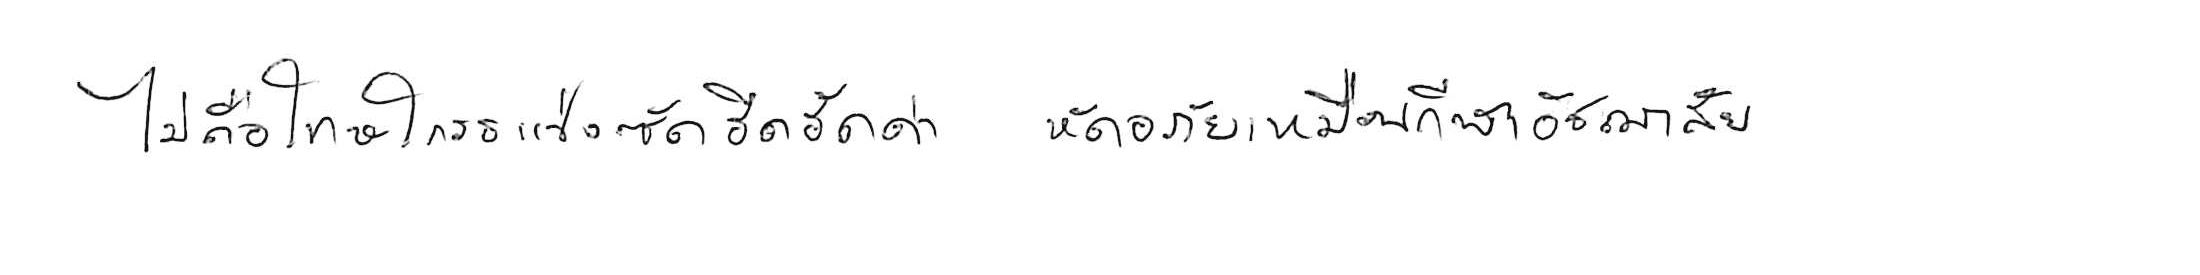
ไม่ถือโทษโกรธแช่งซัดฮึดฮัดด่า หัดอภัยเหมือนกีฬาอัชฌาสัย